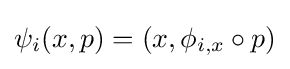
\psi _{i}(x,p)=(x,\phi _{i,x}\circ p)